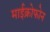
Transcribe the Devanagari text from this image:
माईक्रोफोन